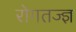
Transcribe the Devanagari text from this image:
रोगतज्ज्ञ